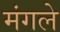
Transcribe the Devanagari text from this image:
मंगले